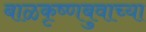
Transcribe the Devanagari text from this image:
बाळकृष्णबुवाच्या